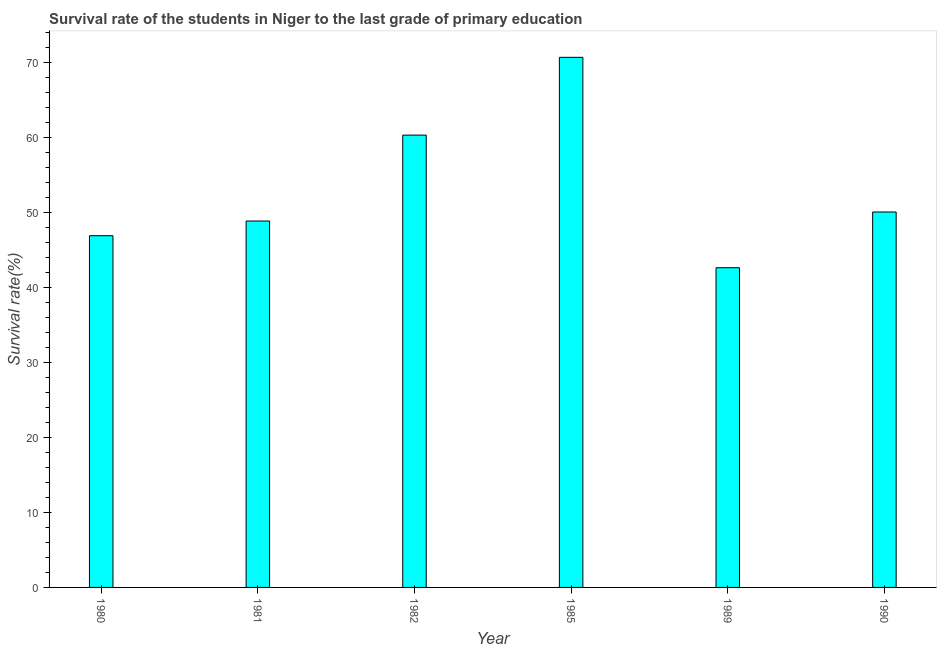
| Year | Primary Education |
 | --- | --- |
 | 1980 | 46.9 |
 | 1981 | 48.9 |
 | 1982 | 60.3 |
 | 1985 | 70.7 |
 | 1989 | 42.6 |
 | 1990 | 50.1 |